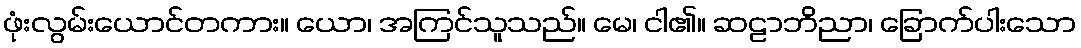
ဖုံးလွမ်းယောင်တကား။ ယော၊ အကြင်သူသည်။ မေ၊ ငါ၏။ ဆဠာဘိညာ၊ ခြောက်ပါးသော